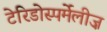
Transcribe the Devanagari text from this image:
टेरिडोस्पर्मेंलीज़